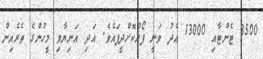
3500 ޓެންޓާއި 13000 އެދު ވަނީ ފޯރުކޮށްދީފައެވެ. އަދި އަނިޔާވި މީހުންގެ ތެރެއިން